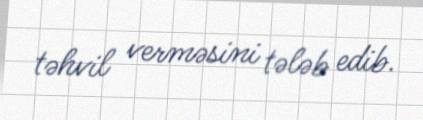
təhvil verməsini tələb edib.